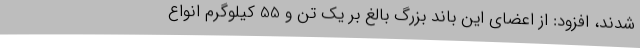
شدند، افزود: از اعضای این باند بزرگ بالغ بر یک تن و 55 کیلوگرم انواع